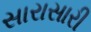
સારાસારી